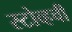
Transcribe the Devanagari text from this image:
स्टोव्हची